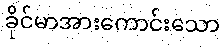
ခိုင်မာအားကောင်းသော